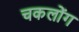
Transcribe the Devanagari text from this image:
चकलोंग